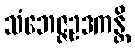
သံဘေဇ္ဇဥဒကန္တိ